Report on lock hospitals in British Burma
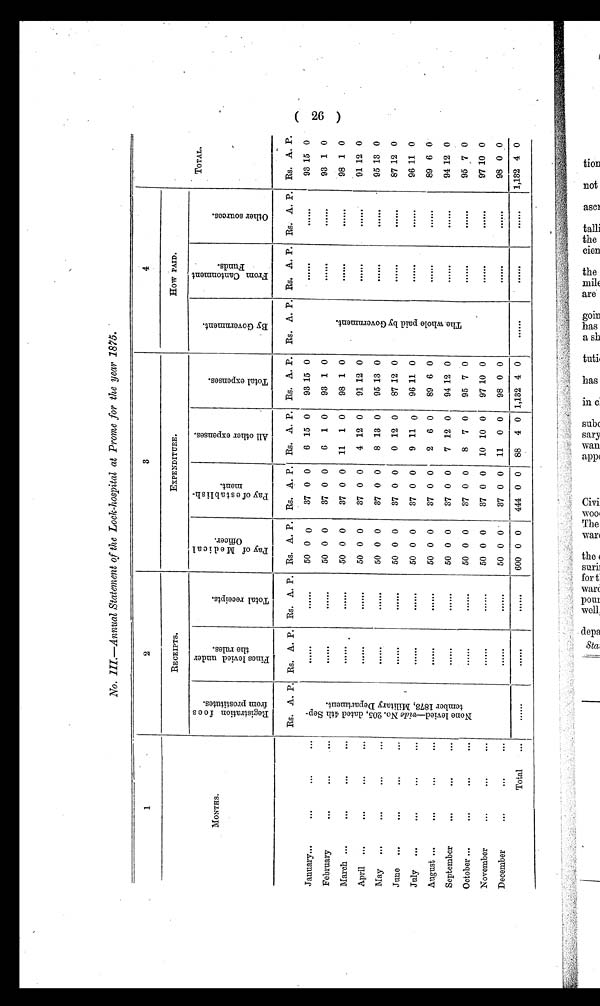
No.III.—Annual Statement of the Lock-hospital at Prome for the year 1875.
1
2
3
4
TOTAL
RECEIPTS.
EXPENDITURE.
How PAID.
.
MONTHS.
R e g i s t r a t i o n f e e s f r o m p r o s t i t u t e s .
.
F i n e s l e v i e d u n d e r t h e r u l e s .
T o t a l r e c e i p t s .
P a y o f M e d i c a l O f f i c e r .
P a y o f e s t a b l i s h m e n t .
A l l o t h e r e x p e n s e s .
T o t a l e x p e n s e s .
B y G o v e r n m e n t .
F r o m C a n t o n m e n t F u n d s .
O t h e r s o u r c e s .
January...
. . .
. . .
. . .
Rs. A. P. Rs. A. P. Rs. A. P. Rs. A. P. Rs. A. P. Rs. A. P. Rs. A. P. Rs. A. P. Rs. A. P. Rs. A. P. Rs. A. P.
( 2 6 )
N o n e l e v i e d — v i d e N o . 2 0 5 , d a t e d 4 t h S e p t e m b e r 1 8 7 3 , M i l i t a r y D e p a r t m e n t .
...
...
50 0 0
37 0 0
6 15 0
93 15 0
T h e w h o l e p a i d b y G o v e r n m e n t .
...
...
93 15 0
February ...
. . .
. . .
...
...
...
50 0 0
37 0 0
6 1 0
93 1 0
...
...
93 1 0
March ...
. . .
. . .
. . .
. . .
...
50 0 0
37 0 0 11 1 0
98 1 0
...
...
98 1 0
April ...
. . .
. . .
. . .
...
...
50 0 0
37 0 0
4 12 0
91 12 0
...
...
91 12 0
May ...
...
. . .
. . .
...
...
50 0 0
37 0 0
8 13 0
95 13 0
...
... 95 13 0
June ...
. . .
. . .
. . .
...
...
50 0 0
37 0 0
0 12 0
87 12 0
...
...
87 12 0
July ...
. . .
. . .
. . .
...
...
50 0 0
37 0 0
9 11 0
96 11 0
...
...
96 11 0
August ...
. . .
...
...
...
...
50 0 0
37 0 0
2 6 0
89 6 0
...
...
89 6 0
September ...
. . .
. . .
. . .
...
...
50 0 0
37 0 0
7 12 0
94 12 0
...
...
94 12 0
October ...
. . .
. . .
....
...
...
50 0 0
37 0 0
8 7 0
95 7 0
...
...
95 7 0
November ...
. . .
. . .
. . .
...
...
50 0 0
37 0 0 10 10 0
97 10 0
...
...
97 10 0
December ...
. . .
. . .
. . .
...
...
50 0 0
37 0 0 11 0 0
98 0 0
...
...
98 0 0
Total... ...
...
...
...
600 0 0
444 0 0 88 4 0 1,132 4 0
...
...
1,132 4 0